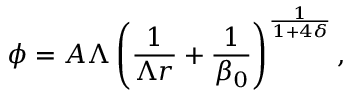
\phi = A \Lambda \left( \frac { 1 } { \Lambda r } + \frac { 1 } { \beta _ { 0 } } \right) ^ { \frac { 1 } { 1 + 4 \delta } } ,